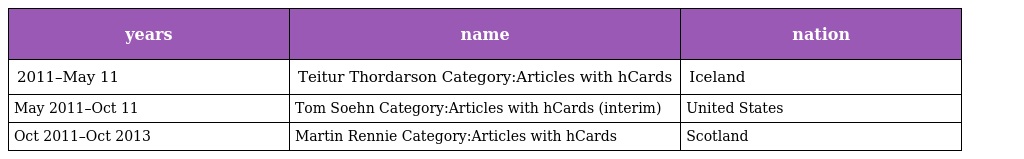
| years | name | nation |
 | --- | --- | --- |
 | 2011–May 11 | Teitur Thordarson Category:Articles with hCards | Iceland |
 | May 2011–Oct 11 | Tom Soehn Category:Articles with hCards (interim) | United States |
 | Oct 2011–Oct 2013 | Martin Rennie Category:Articles with hCards | Scotland |